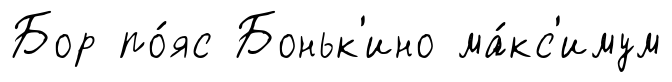
Бор по́яс Боньк'ино ма́кс'имум